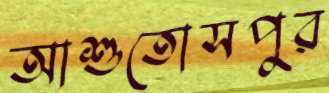
আশুতোসপুর